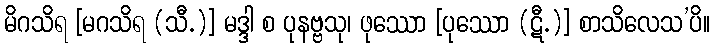
မိဂသိရ [မဂသိရ (သီ.)] မဒ္ဒါ စ ပုနဗ္ဗသု၊ ဖုဿော [ပုဿော (ဋီ.)] စာသိလေသ’ပိ။